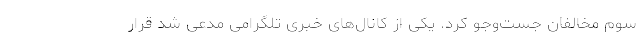
سوم مخالفان جست‌وجو کرد. یکی از کانال‌های خبری تلگرامی مدعی شد قرار